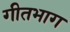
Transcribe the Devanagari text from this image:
गीतभाग